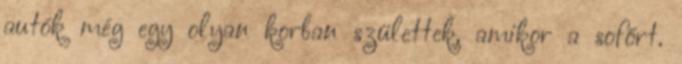
autók még egy olyan korban születtek, amikor a sofőrt.